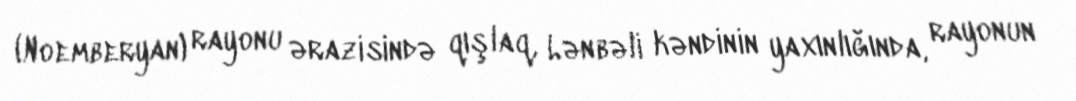
(Noemberyan) rayonu ərazisində qışlaq, Lənbəli kəndinin yaxınlığında, rayonun